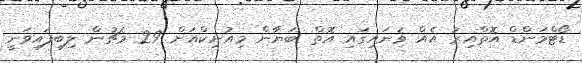
ޑޯޓްމަންޑް އޮތްއިރު އެއް ވަނައިގައި އޮތް ބަޔާން މިއުނިކްއަށް 29 މެޗުން ލިބިފައިވަނީ